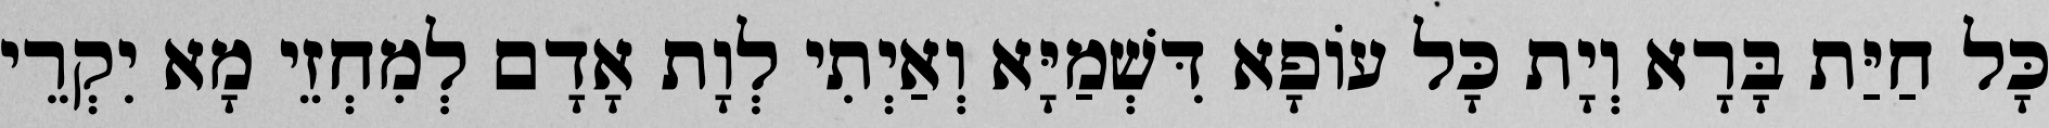
כָּל חַיַּת בָּרָא וְיָת כָּל עוֹפָא דִּשְׁמַיָּא וְאַיְתִי לְוָת אָדָם לְמִחְזֵי מָא יִקְרֵי